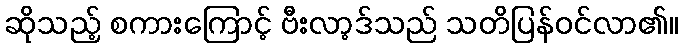
ဆိုသည့် စကားကြောင့် ဗီးလာ့ဒ်သည် သတိပြန်ဝင်လာ၏။